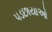
પડછાયાઓ